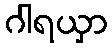
ဂါရယှာ